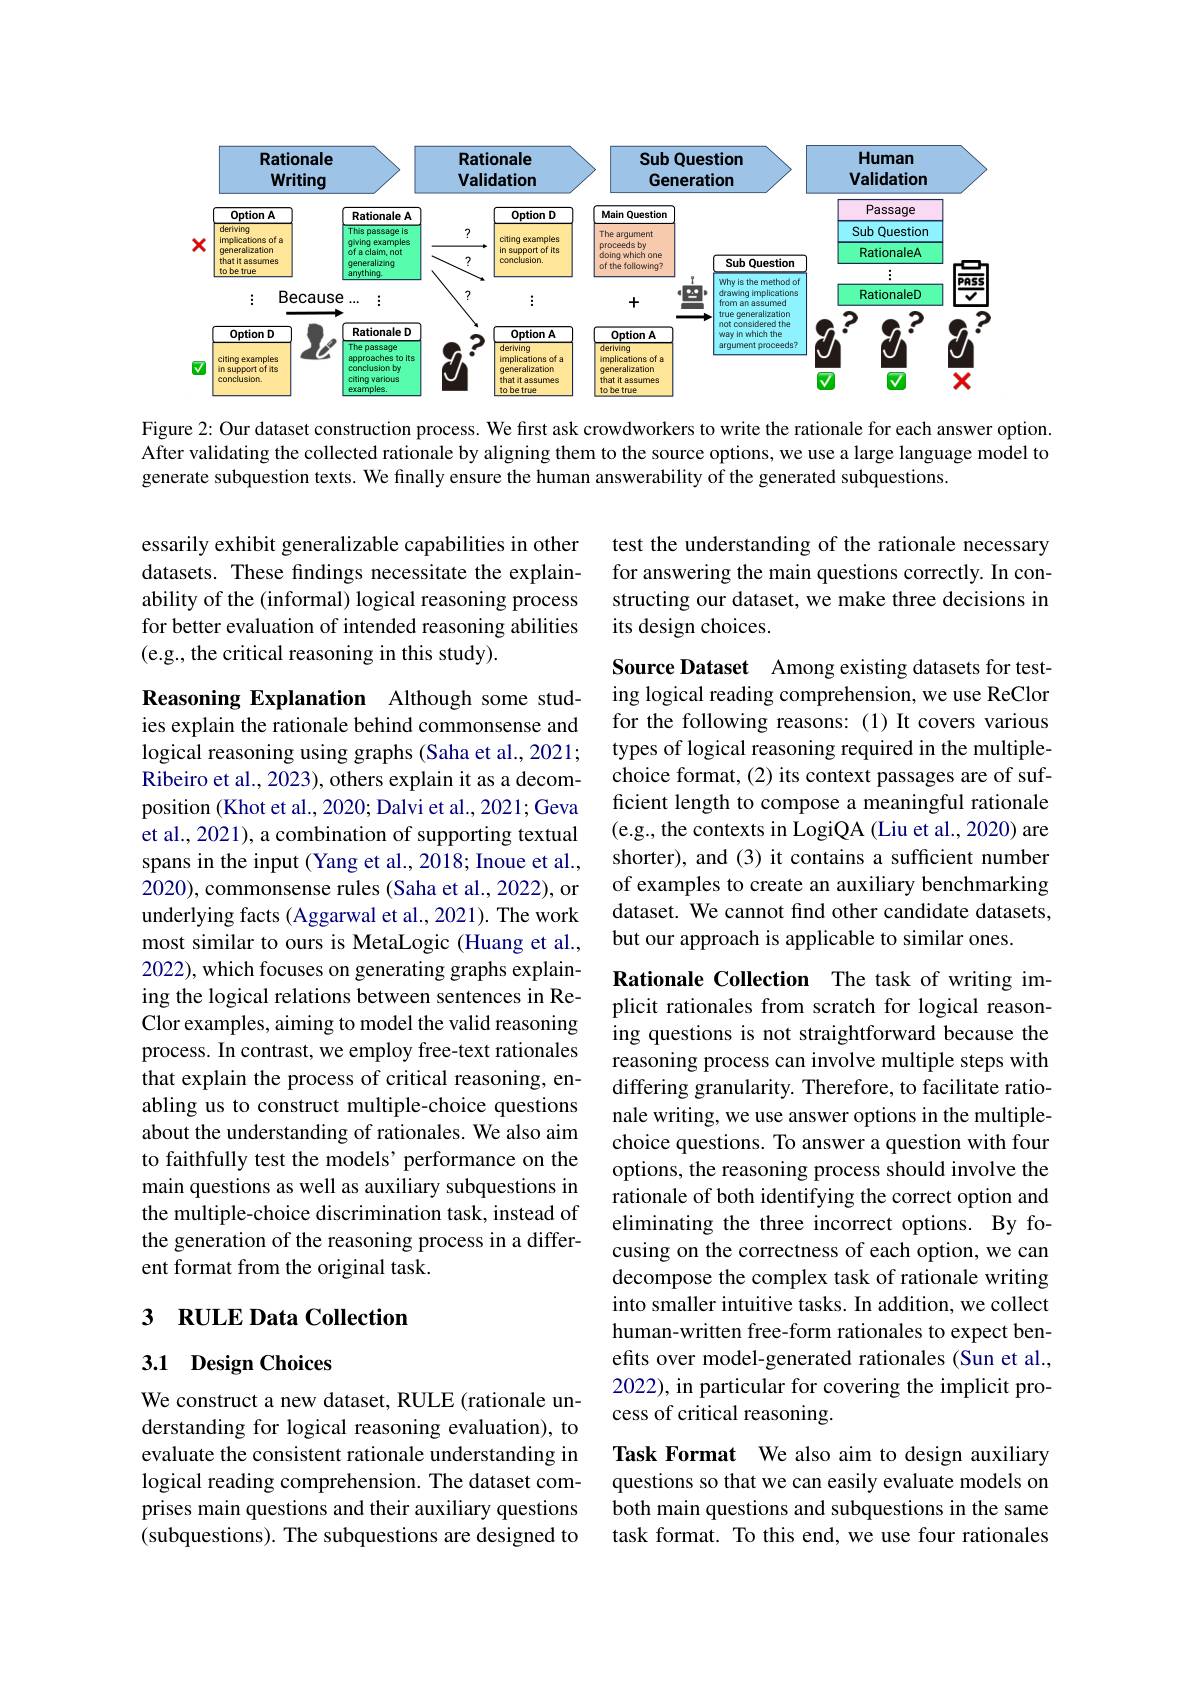
<FigureHere>

Figure 2: Our dataset construction process. We first ask crowdworkers to write the rationale for each answer option. After validating the collected rationale by aligning them to the source options, we use a large language model to generate subquestion texts. We finally ensure the human answerability of the generated subquestions.

test the understanding of the rationale necessary for answering the main questions correctly. In constructing our dataset, we make three decisions in its design choices.

essarily exhibit generalizable capabilities in other datasets. These findings necessitate the explainability of the (informal) logical reasoning process for better evaluation of intended reasoning abilities (e.g., the critical reasoning in this study).

Source Dataset Among existing datasets for testing logical reading comprehension, we use ReClor for the following reasons:(1) It covers various types of logical reasoning required in the multiplechoice format, (2) its context passages are of sufficient length to compose a meaningful rationale (e.g., the contexts in LogiQA (Liu et al., 2020) are shorter), and (3) it contains a sufficient number of examples to create an auxiliary benchmarking dataset. We cannot find other candidate datasets, but our approach is applicable to similar ones.

Reasoning Explanation Although some studies explain the rationale behind commonsense and logical reasoning using graphs (Saha et al., 2021; Ribeiro et al., 2023), others explain it as a decomposition (Khot et al., 2020; Dalvi et al., 2021; Geva et al., 2021), a combination of supporting textual spans in the input (Yang et al., 2018; Inoue et al., 2020), commonsense rules (Saha et al., 2022), or underlying facts (Aggarwal et al., 2021). The work most similar to ours is MetaLogic (Huang et al., 2022), which focuses on generating graphs explaining the logical relations between sentences in ReClor examples, aiming to model the valid reasoning process. In contrast, we employ free-text rationales that explain the process of critical reasoning, enabling us to construct multiple-choice questions about the understanding of rationales. We also aim to faithfully test the models' performance on the main questions as well as auxiliary subquestions in the multiple-choice discrimination task, instead of the generation of the reasoning process in a different format from the original task.

Rationale Collection The task of writing implicit rationales from scratch for logical reasoning questions is not straightforward because the reasoning process can involve multiple steps with differing granularity. Therefore, to facilitate rationale writing, we use answer options in the multiplechoice questions. To answer a question with four options, the reasoning process should involve the rationale of both identifying the correct option and eliminating the three incorrect options. By focusing on the correctness of each option, we can decompose the complex task of rationale writing into smaller intuitive tasks. In addition, we collect human-written free-form rationales to expect benefits over model-generated rationales (Sun et al., 2022), in particular for covering the implicit process of critical reasoning.

## 3 RULE Data Collection

## 3.1 Design Choices

We construct a new dataset, RULE (rationale understanding for logical reasoning evaluation), to evaluate the consistent rationale understanding in logical reading comprehension. The dataset comprises main questions and their auxiliary questions (subquestions). The subquestions are designed to

Task Format We also aim to design auxiliary questions so that we can easily evaluate models on both main questions and subquestions in the same task format. To this end, we use four rationales